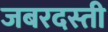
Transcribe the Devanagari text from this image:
जबरदस्‍ती